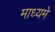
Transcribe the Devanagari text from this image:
माध्‍यमे